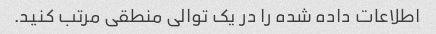
اطلاعات داده شده را در یک توالی منطقی مرتب کنید.